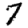
Digit: 7